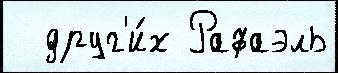
  друг'и́х Рафаэль